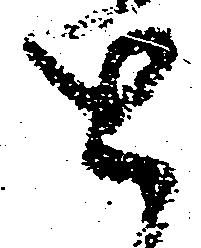
と